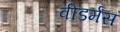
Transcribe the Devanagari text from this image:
वीडर्मंस